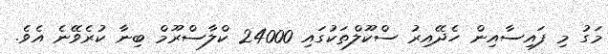
މަގު މި ފައިސާއިން ހެދޭއިރު ސްކޫލްތަކުގައި 24000 ކްލާސްރޫމް ބިނާ ކުރެވޭނެ އެވެ.